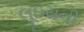
લૂઇસની